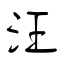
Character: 汪